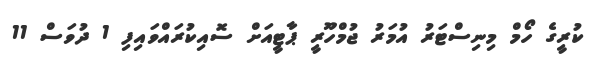
ކުރީގެ ހޯމް މިނިސްޓަރު އުމަރު ޖުމްހޫރީ ޕާޓީއަށް ސޮއިކުރައްވައިފި 1 ދުވަސް 11